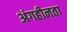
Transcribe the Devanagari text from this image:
अंगहीनता